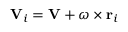
\mathbf { V } _ { i } = \mathbf { V } + { \boldsymbol { \omega } } \times \mathbf { r } _ { i }